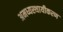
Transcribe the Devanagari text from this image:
अमध्यस्थायीकरण